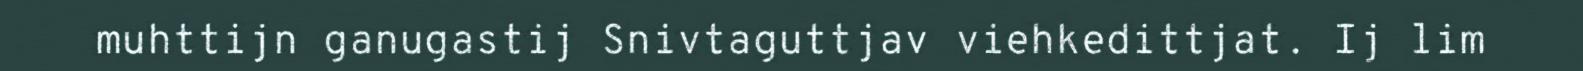
muhttijn ganugastij Snivtaguttjav viehkedittjat. Ij lim